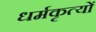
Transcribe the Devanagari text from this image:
धर्मकृत्यों